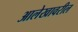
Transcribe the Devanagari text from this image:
आलेखावरील